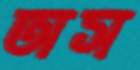
অস